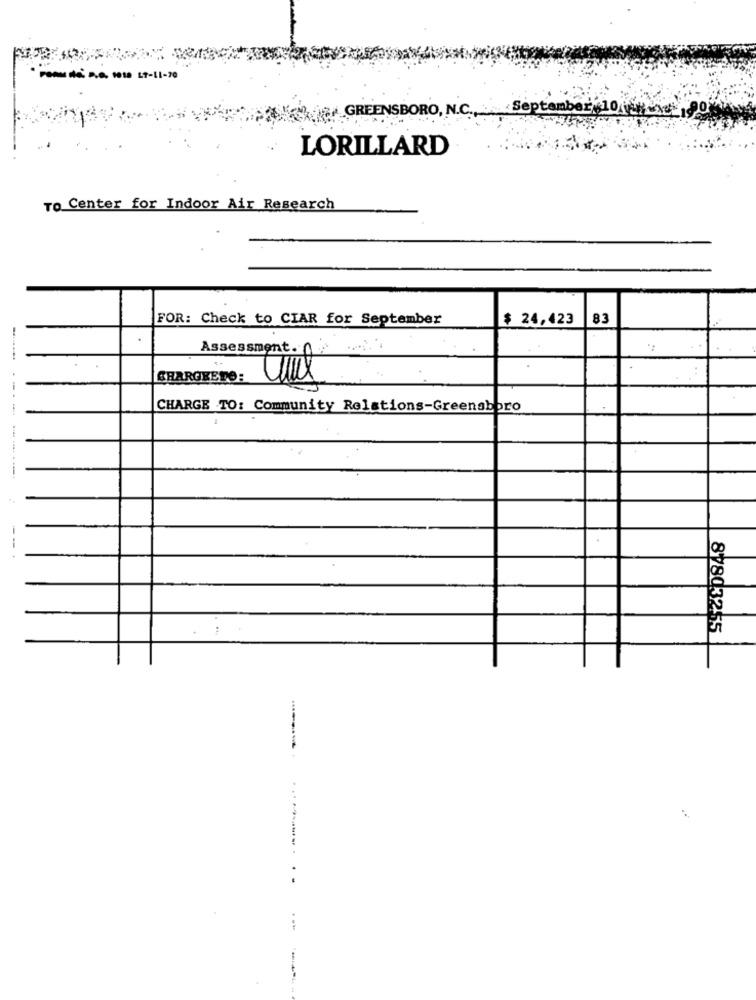
GREENSBORO, N.C. September 10 90
LORILLARD
TO Center for Indoor Air Research
FOR: Check to CIAR for September
$ 24,423
83
Assessment. g
CHARGEETO:
CHARGE TO: Community Relations-Greensboro
------
----
87803255
------- .